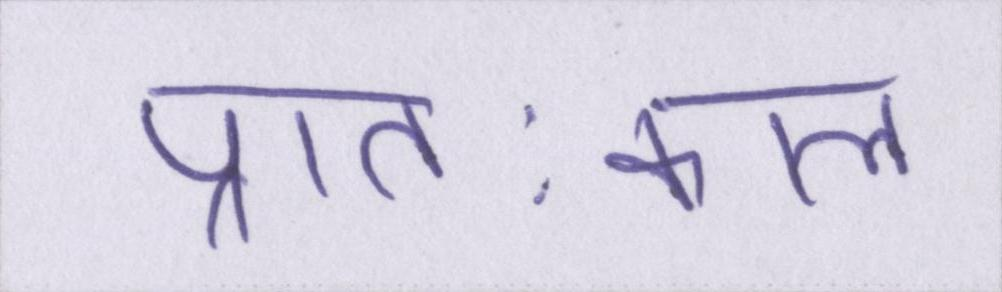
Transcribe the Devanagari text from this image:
प्रातःकाल